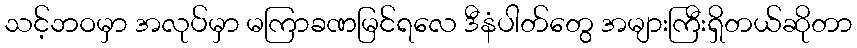
သင့်ဘဝမှာ အလုပ်မှာ မကြာခဏမြင်ရလေ ဒီနံပါတ်တွေ အများကြီးရှိတယ်ဆိုတာ